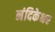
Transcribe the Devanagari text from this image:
नंदिकेश्चर